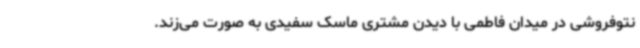
نتوفروشی در میدان فاطمی با دیدن مشتری ماسک سفیدی به‌ صورت می‌زند.